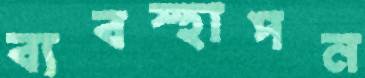
ব্যবস্হাপন